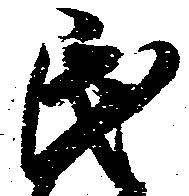
民